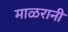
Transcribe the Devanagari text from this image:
माळरानी